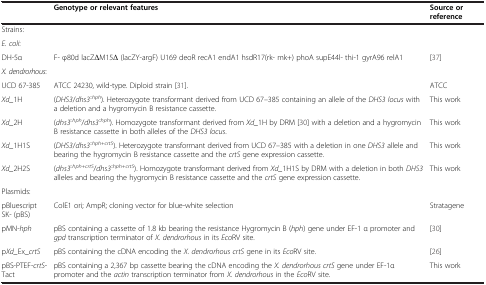
|  | Genotype or relevant features | Source or reference |
 | --- | --- | --- |
 | Strains: |  |  |
 | E. coli: |  |  |
 | DH-5α | F- φ80d lacZΔM15Δ (lacZY-argF) U169 deoR recA1 endA1 hsdR17(rk- mk+) phoA supE44l- thi-1 gyrA96 relA1 | [37] |
 | X. dendrorhous: |  |  |
 | UCD 67-385 | ATCC 24230, wild-type. Diploid strain [31]. | ATCC |
 | Xd_1H | (DHS3/dhs3::hph). Heterozygote transformant derived from UCD 67–385 containing an allele of the DHS3 locus with a deletion and a hygromycin B resistance cassette. | This work |
 | Xd_2H | (dhs3::hph/dhs3::hph). Homozygote transformant derived from Xd_1H by DRM [30] with a deletion and a hygromycin B resistance cassette in both alleles of the DHS3 locus. | This work |
 | Xd_1H1S | (DHS3/dhs3::hph+crtS). Heterozygote transformant derived from UCD 67–385 with a deletion in one DHS3 allele and bearing the hygromycin B resistance cassette and the crtS gene expression cassette. | This work |
 | Xd_2H2S | (dhs3::hph+crtS/dhs3::hph+crtS). Homozygote transformant derived from Xd_1H1S by DRM with a deletion in both DHS3 alleles and bearing the hygromycin B resistance cassette and the crtS gene expression cassette. | This work |
 | Plasmids: |  |  |
 | pBluescript SK- (pBS) | ColE1 ori; AmpR; cloning vector for blue-white selection | Stratagene |
 | pMN-hph | pBS containing a cassette of 1.8 kb bearing the resistance Hygromycin B (hph) gene under EF-1 α promoter and gpd transcription terminator of X. dendrorhous in its EcoRV site. | [30] |
 | pXd_Ex_crtS | pBS containing the cDNA encoding the X. dendrorhous crtS gene in its EcoRV site. | [26] |
 | pBS-PTEF-crtS-Tact | pBS containing a 2,367 bp cassette bearing the cDNA encoding the X. dendrorhous crtS gene under EF-1α promoter and the actin transcription terminator from X. dendrorhous in the EcoRV site. | This work |